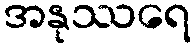
အနုဿရေ